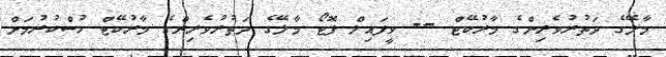
މާލޭގެ ދަތުރުވެރިންގެ މާރުކޭޓް -- ވީފައިލް ފޮޓޯ މާލޭގެ ދަތުރުވެރިންގެ މާރުކޭޓް ހުސްކުރުމަށް